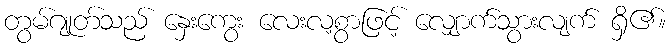
တွမ်ဂျုတ်သည် နှေးကွေး လေးလ့စွာဖြင့် လျှောက်သွားလျက် ရှိ၏။